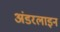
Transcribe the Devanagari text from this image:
अंडरलाइन